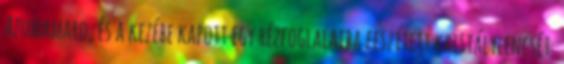
Azumamaro, és a kezébe kapott egy rézfoglalatba feszített kristálylencsét.